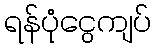
ရန်ပုံငွေကျပ်